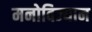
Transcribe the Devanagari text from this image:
मनोविज्यान